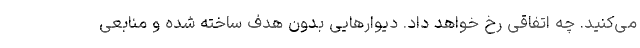
می‌کنید. چه اتفاقی رخ خواهد داد. دیوارهایی بدون هدف ساخته شده و منابعی